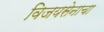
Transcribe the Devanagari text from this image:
विजयसेनाचा